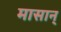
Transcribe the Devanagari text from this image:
मासान्